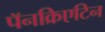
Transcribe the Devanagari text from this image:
पॅनक्रिएटिन